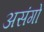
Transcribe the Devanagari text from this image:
असंगो